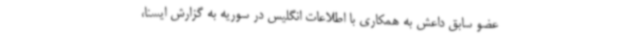
عضو سابق داعش به همکاری با اطلاعات انگلیس در سوریه به گزارش ایسنا،